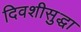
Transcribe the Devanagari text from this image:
दिवशीसुद्धा